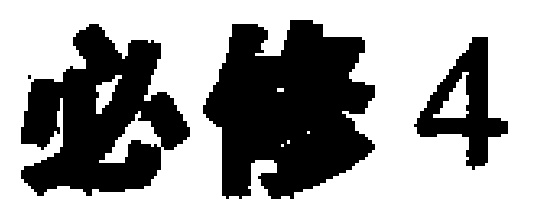
必修4